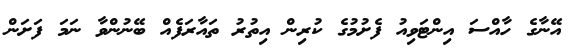
އޭނާގެ ހާއްސަ އިންޓަވިއު ފެށުމުގެ ކުރިން އިތުރު ތައާރަފެއް ބޭނުންވާ ނަމަ ފަށަން